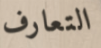
التعارف